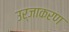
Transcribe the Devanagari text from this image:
उर्जाकरण